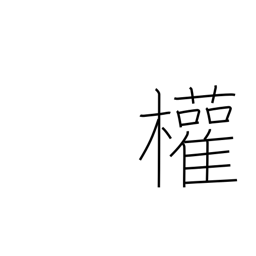
Meaning: rights